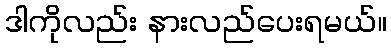
ဒါကိုလည်း နားလည်ပေးရမယ်။